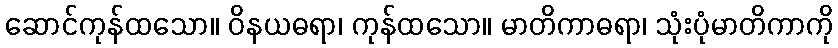
ဆောင်ကုန်ထသော။ ဝိနယဓရာ၊ ကုန်ထသော။ မာတိကာဓရာ၊ သုံးပုံမာတိကာကို